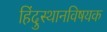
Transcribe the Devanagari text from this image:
हिंदुस्थानविषयक